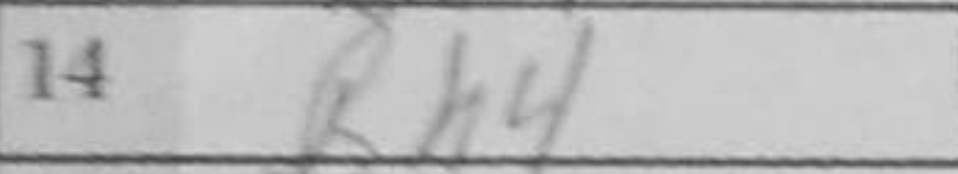
Transcription: Bh4